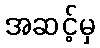
အဆင့်မှ